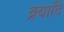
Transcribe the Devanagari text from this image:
क्र्यादि